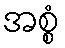
အစ္စံ